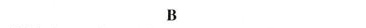
B